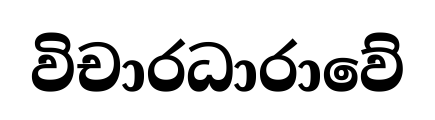
විචාරධාරාවේ